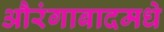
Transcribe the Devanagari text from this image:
औरंगाबादमधे